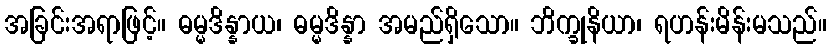
အခြင်းအရာဖြင့်။ ဓမ္မဒိန္နာယ၊ ဓမ္မဒိန္နာ အမည်ရှိသော။ ဘိက္ခုနိယာ၊ ရဟန်းမိန်းမသည်။